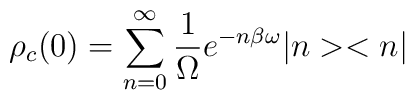
\rho_c (0)=\sum_{n=0}^{\infty} \frac{1}{\Omega} e^{-n\beta \omega} |n><n|